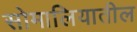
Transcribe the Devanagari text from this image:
सोमालियातील